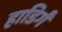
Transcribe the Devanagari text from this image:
हाडिर्गं